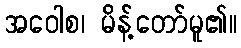
အဝေါစ၊ မိန့်တော်မူ၏။